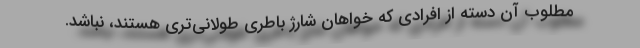
مطلوب آن دسته از افرادی که خواهان شارژ باطری طولانی‌تری هستند، نباشد.